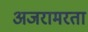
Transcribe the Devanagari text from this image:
अजरामरता